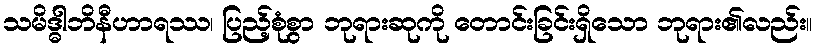
သမိဒ္ဓါဘိနီဟာရဿ၊ ပြည့်စုံစွာ ဘုရားဆုကို တောင်းခြင်းရှိသော ဘုရား၏လည်း။